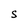
Character: s